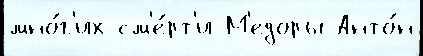
мно́г'их см'е́рт'и М'едоры Анто́н